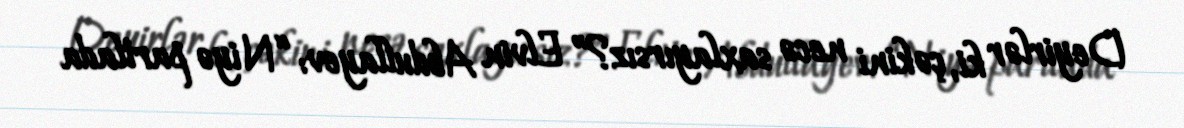
Deyirlər ki, çəkini necə saxlayırsız?” Elvin Abdullayev: “Niyə partlada